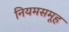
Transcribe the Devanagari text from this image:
नियमसमूह